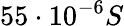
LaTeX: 55\cdot 10^{-6}S